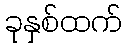
ခုနှစ်ထက်